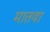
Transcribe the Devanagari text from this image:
मातवा